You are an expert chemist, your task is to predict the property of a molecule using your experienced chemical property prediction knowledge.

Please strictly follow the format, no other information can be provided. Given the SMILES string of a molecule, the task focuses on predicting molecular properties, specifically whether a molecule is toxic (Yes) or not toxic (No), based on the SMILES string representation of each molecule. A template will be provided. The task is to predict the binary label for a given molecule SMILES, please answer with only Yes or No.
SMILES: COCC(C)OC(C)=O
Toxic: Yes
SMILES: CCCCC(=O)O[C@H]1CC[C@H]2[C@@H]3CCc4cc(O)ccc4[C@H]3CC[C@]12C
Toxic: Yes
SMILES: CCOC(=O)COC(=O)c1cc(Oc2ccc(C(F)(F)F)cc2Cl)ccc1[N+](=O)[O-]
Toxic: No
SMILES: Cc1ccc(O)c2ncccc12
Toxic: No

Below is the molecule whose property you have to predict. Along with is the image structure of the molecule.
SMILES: CC/C=C/CCO
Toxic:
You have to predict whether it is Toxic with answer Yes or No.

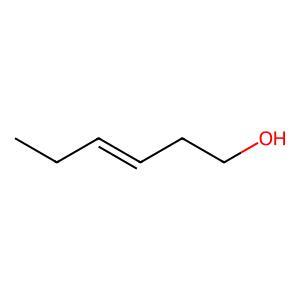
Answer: No